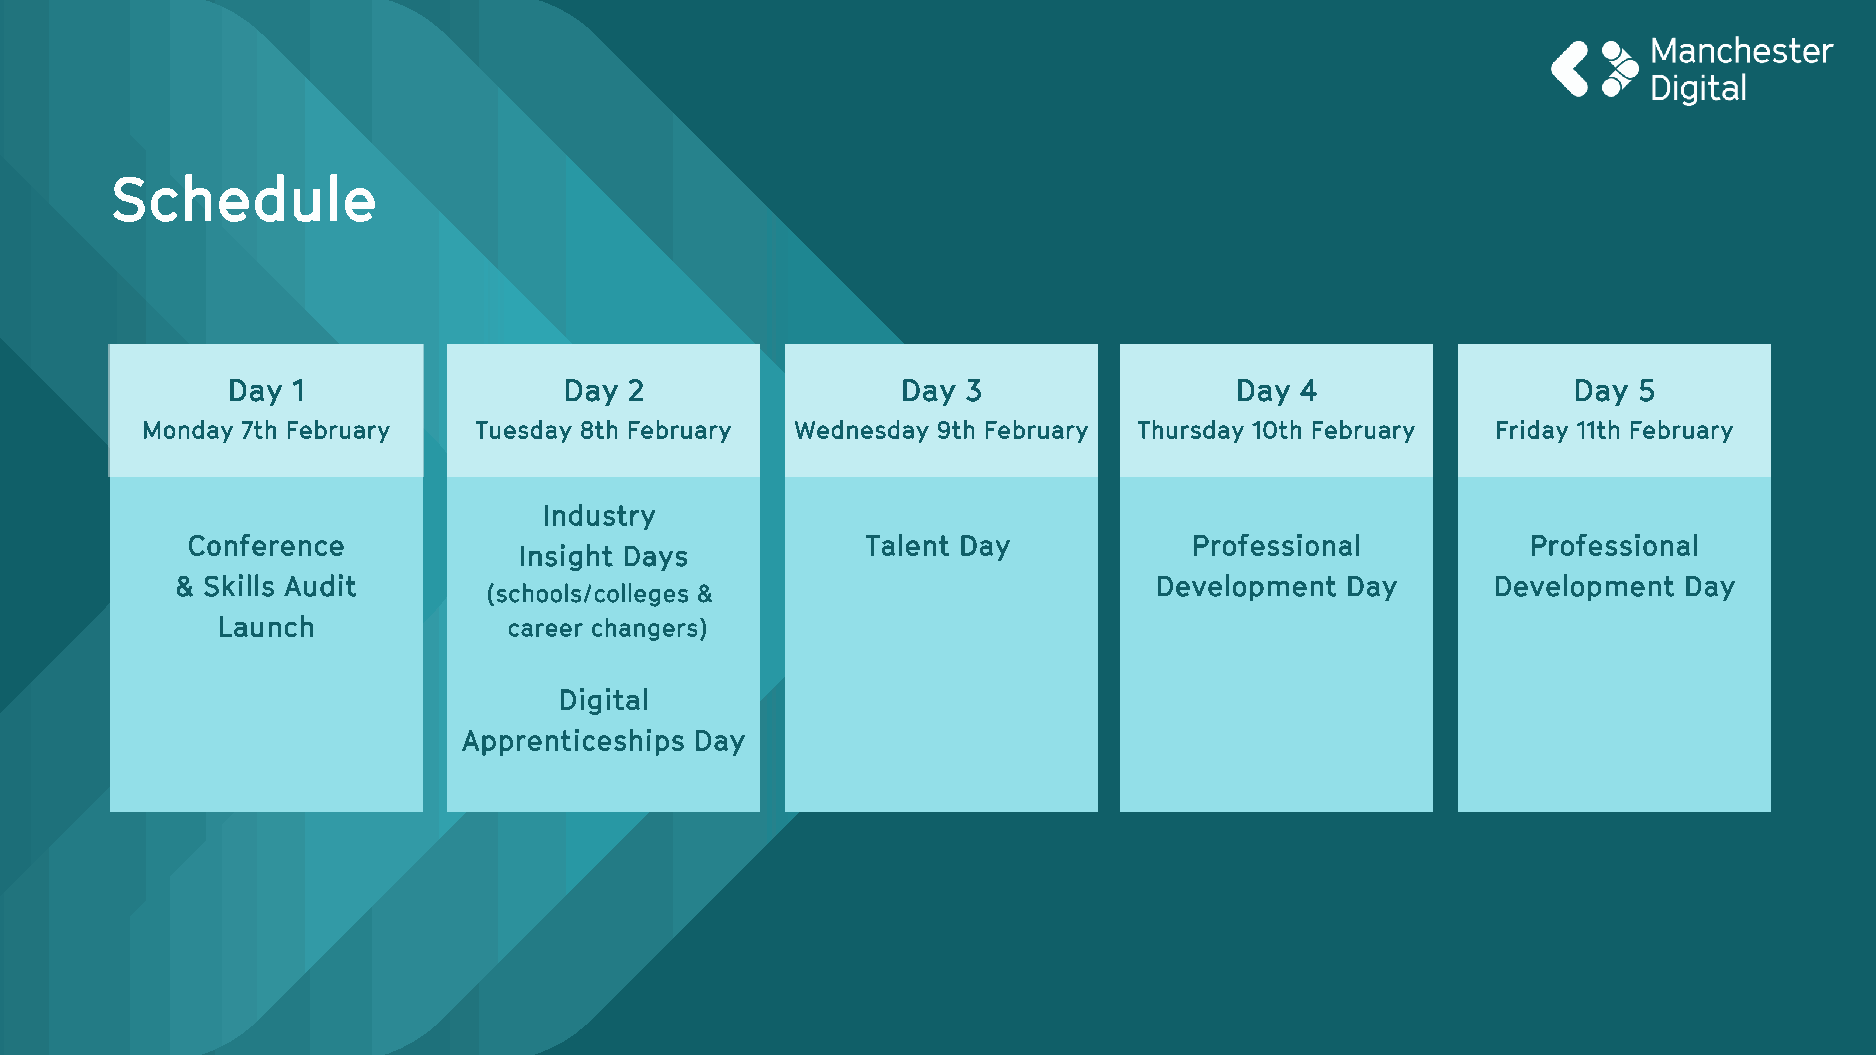
Schedule
 Day 1                 Day  2                 Day 3                 Day 4                 Day 5
 Monday 7th February   Tuesday 8th February  Wednesday 9th February Thursday 10th February Friday 11th February
 Industry
 Conference                                   Talent Day            Professional          Professional
 Insight Days
 & Skills Audit                                                  Development  Day       Development Day
 (schools/colleges &
 Launch              career changers)
 Digital
 Apprenticeships Day